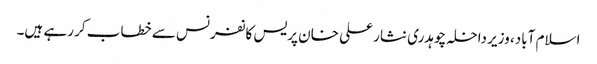
اسلام آباد، وزیر داخلہ چوہدری نثار علی خان پریس کانفرنس سے خطاب کر رہے ہیں۔